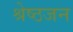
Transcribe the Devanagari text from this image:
श्रेष्‍ठजन